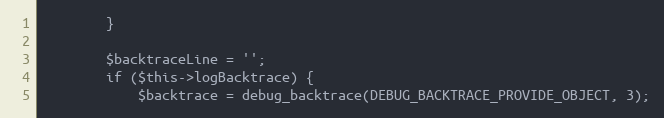
Language: PHP
        }

        $backtraceLine = '';
        if ($this->logBacktrace) {
            $backtrace = debug_backtrace(DEBUG_BACKTRACE_PROVIDE_OBJECT, 3);